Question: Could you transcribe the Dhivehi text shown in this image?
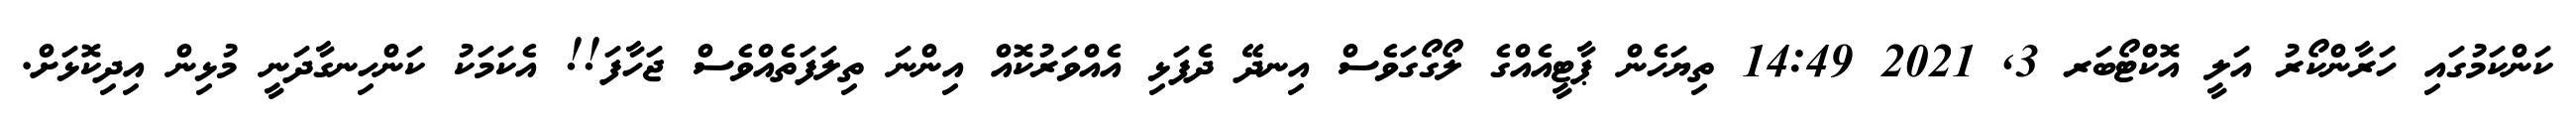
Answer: ކަންކަމުގައި ހަރާންކޯރު އަލީ އޮކްޓޯބަރ 3, 2021 14:49 ތިޔަހެން ޕާޓީއެއްގެ ލޯގޯގަވެސް އިނދޭ ދެފަޅި އެއްވަރުކޮއް އިންނަ ތިލަފަތެއްވެސް ޖަހާފަ!! އެކަމަކު ކަންހިނގާދަނީ މުޅިން އިދިކޮޅަށް.